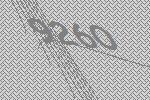
9260